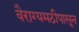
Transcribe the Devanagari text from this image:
वैराग्यमठीपासून